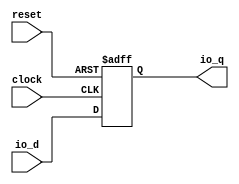
module AsyncResetRegVec_w2_i0( // @[:freechips.rocketchip.system.DefaultRV32Config.fir@225448.2]
  input        clock, // @[:freechips.rocketchip.system.DefaultRV32Config.fir@225449.4]
  input        reset, // @[:freechips.rocketchip.system.DefaultRV32Config.fir@225450.4]
  input  [1:0] io_d, // @[:freechips.rocketchip.system.DefaultRV32Config.fir@225451.4]
  output [1:0] io_q // @[:freechips.rocketchip.system.DefaultRV32Config.fir@225451.4]
);
`ifdef RANDOMIZE_REG_INIT
  reg [31:0] _RAND_0;
`endif // RANDOMIZE_REG_INIT
  reg [1:0] reg_; // @[AsyncResetReg.scala 64:50:freechips.rocketchip.system.DefaultRV32Config.fir@225457.4]
  assign io_q = reg_; // @[AsyncResetReg.scala 68:8:freechips.rocketchip.system.DefaultRV32Config.fir@225461.4]
`ifdef RANDOMIZE_GARBAGE_ASSIGN
`define RANDOMIZE
`endif
`ifdef RANDOMIZE_INVALID_ASSIGN
`define RANDOMIZE
`endif
`ifdef RANDOMIZE_REG_INIT
`define RANDOMIZE
`endif
`ifdef RANDOMIZE_MEM_INIT
`define RANDOMIZE
`endif
`ifndef RANDOM
`define RANDOM $random
`endif
`ifdef RANDOMIZE_MEM_INIT
  integer initvar;
`endif
`ifndef SYNTHESIS
`ifdef FIRRTL_BEFORE_INITIAL
`FIRRTL_BEFORE_INITIAL
`endif
initial begin
  `ifdef RANDOMIZE
    `ifdef INIT_RANDOM
      `INIT_RANDOM
    `endif
    `ifndef VERILATOR
      `ifdef RANDOMIZE_DELAY
        #`RANDOMIZE_DELAY begin end
      `else
        #0.002 begin end
      `endif
    `endif
`ifdef RANDOMIZE_REG_INIT
  _RAND_0 = {1{`RANDOM}};
  reg_ = _RAND_0[1:0];
`endif // RANDOMIZE_REG_INIT
  if (reset) begin
    reg_ = 2'h0;
  end
  `endif // RANDOMIZE
end // initial
`ifdef FIRRTL_AFTER_INITIAL
`FIRRTL_AFTER_INITIAL
`endif
`endif // SYNTHESIS
  always @(posedge clock or posedge reset) begin
    if (reset) begin
      reg_ <= 2'h0;
    end else begin
      reg_ <= io_d;
    end
  end
endmodule